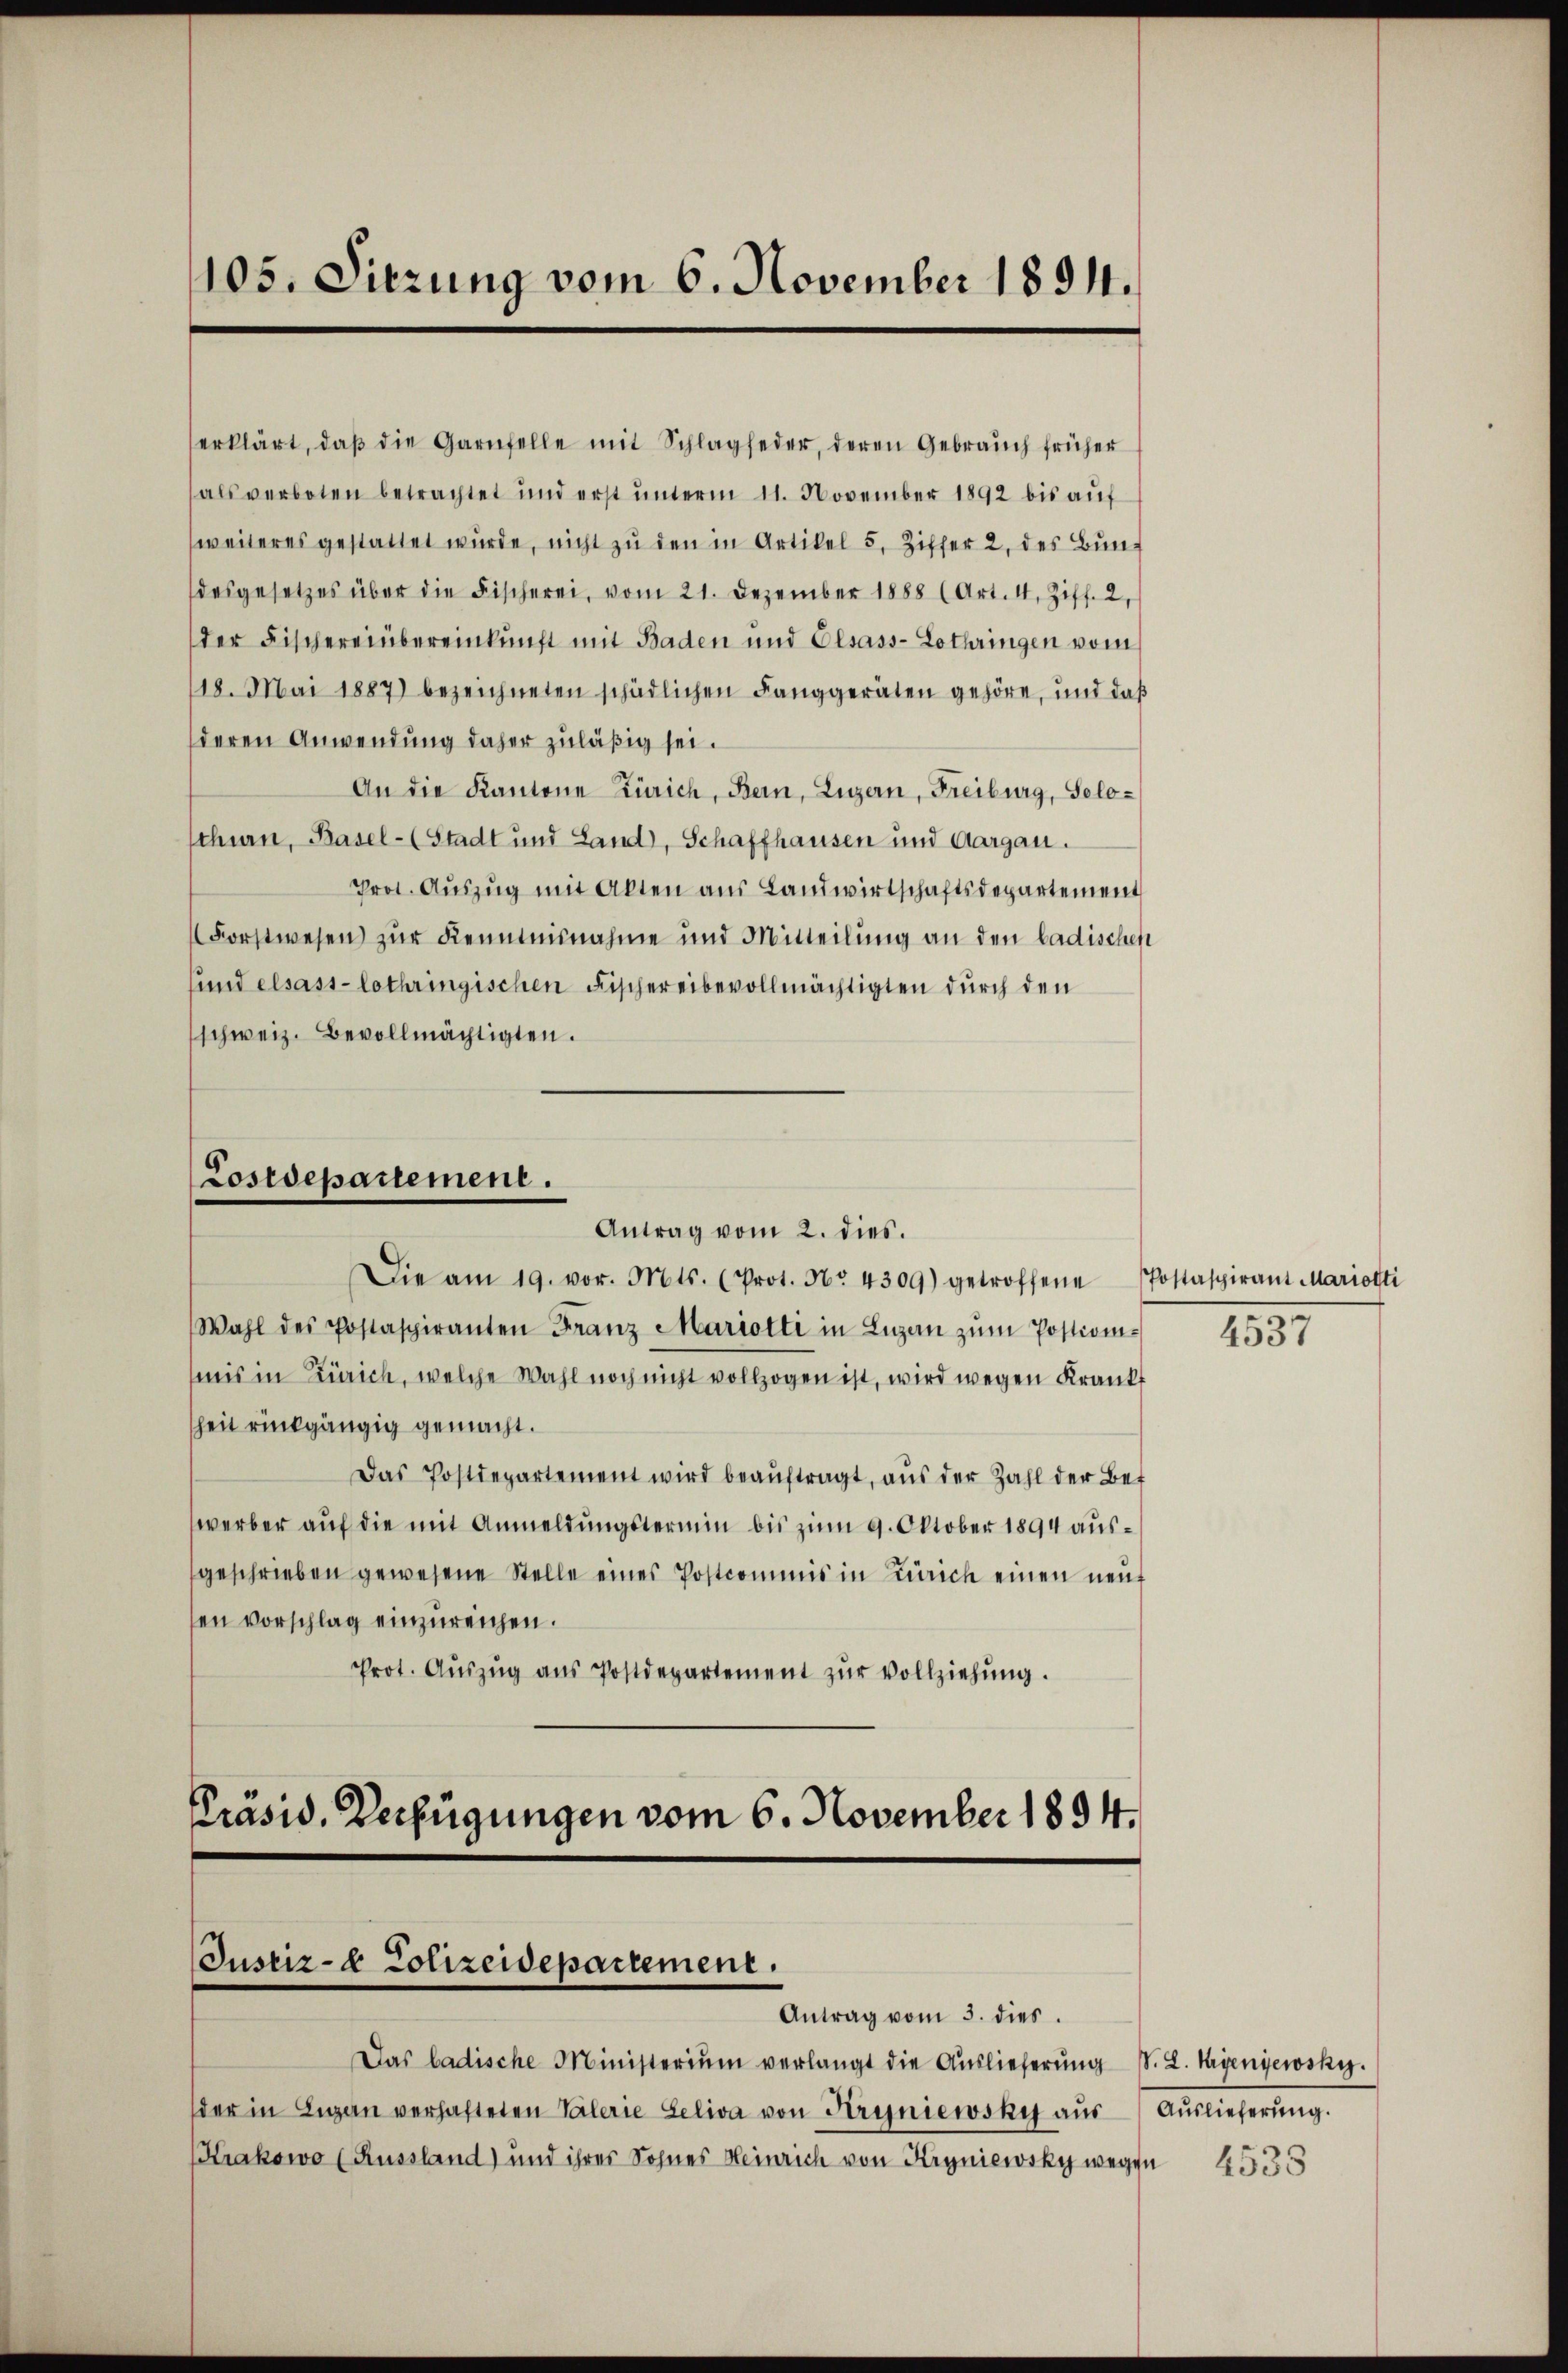
105. Sitzung vom 6. November 1894.

erklärt, daβ die Garnfelle mit Schlagfeder, deren Gebrauch früher
als verboten betrachtet und erst unterm 11. November 1892 bis auf
weiteres gestattet wurde, nicht zu den in Artikel 5, Ziffer 2, des Bundesgesetzes über die Fischerei, vom 21. Dezember 1888 (Art. 4, Ziff. 2,
der Fischereinbereinkunft mit Baden und Elsass-Lothringen vom
18. Mai 1887) bezeichneten schädlichen Fanggeräten gehöre, und daß
deren Anwendung daher zuläßig sei.
An die Kantone Zürich, Bern, Luzern, Freiburg, Solo-
thurn, Basel- (Stadt und Land, Schaffhausen und Aargau.
Prot. Aŭszŭg mit Akten aus Landwirtschaftsdepartement
Forstwesen zur Kenntnisnahme und Mitteilung an den badischen
und elsass-lothringischen Fischereibevollmächtigten durch den
schweiz. Bevollmächtigten.

Lostdepartement.
Antrag vom 2. dies.

Die am 19. vor. Mts. (Prot. No 4309) getroffene Postaspirant Mariotti
Wahl des Postaspiranten Franz Mariotti in Lŭzern zŭm Postion 4537
mis in Zürich, welche Wahl noch nicht vollzogen ist, wird wegen Krankf
heit rückgängig gemacht.
Das Postdepartement wird beaŭftragt, aŭs der Zahl der Bef
werber auf die mit Anmeldungstermin bis zum 9. Oktober 1894 ausgeschrieben gewesene Stelle eines Postcommis in Zürich einen neut
sen vorschlag einzureichen.
Prot. Aŭszŭg aŭs Postdepartement zŭr Vollziehŭng.
Präsid. Verfügungen vom 6. November 1894.

Justiz- & Polizeidepartement.
Antrag vom 3. dies

Das badische Ministerium verlangt die Auslieferŭng S. L. Mayeniewsky.
der in Lugan verhafteten Valerie Geliva von Krysniewsky aŭs Aŭslieferŭng.
Krakowo (Russland) und ihres Sohnes Heinrich von Hryniewsky wegen 4.35